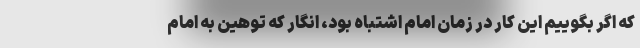
که اگر بگوییم این کار در زمان امام اشتباه بود، انگار که توهین به امام